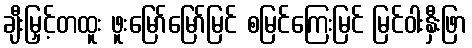
ချီးမြှင့်တထူး ဖူးမြော်မြော်မြင် စမြင်ကြေးမြင် မြင်ဝါးနှီးဖြာ